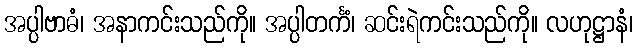
အပ္ပါဗာဓံ၊ အနာကင်းသည်ကို။ အပ္ပါတင်္ကံ၊ ဆင်းရဲကင်းသည်ကို။ လဟုဋ္ဌာနံ၊